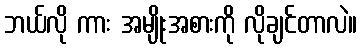
ဘယ်လို ကား အမျိုးအစားကို လိုချင်တာလဲ။